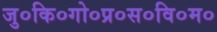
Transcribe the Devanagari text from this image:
जु०कि०गो०प्र०स०वि०म०